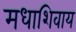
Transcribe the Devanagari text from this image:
मधाशिवाय